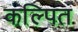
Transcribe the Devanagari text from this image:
कल्‍पित